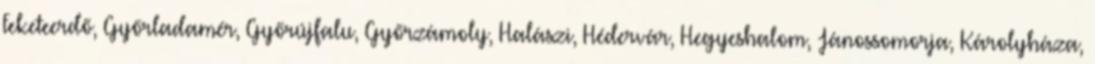
Feketeerdő, Győrladamér, Győrújfalu, Győrzámoly, Halászi, Hédervár, Hegyeshalom, Jánossomorja, Károlyháza,